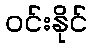
ဝင်းနိုင်